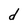
Character: d